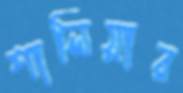
শালিয়ার